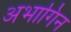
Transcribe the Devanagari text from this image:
अभागिन